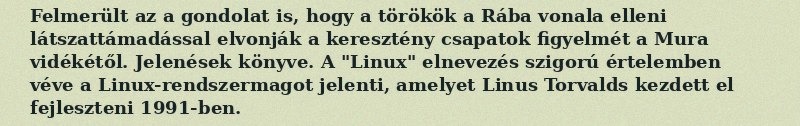
Felmerült az a gondolat is, hogy a törökök a Rába vonala elleni látszattámadással elvonják a keresztény csapatok figyelmét a Mura vidékétől. Jelenések könyve. A "Linux" elnevezés szigorú értelemben véve a Linux-rendszermagot jelenti, amelyet Linus Torvalds kezdett el fejleszteni 1991-ben.